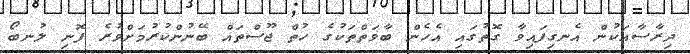
ދިރާސާއަކުން އެނގިފައިވާ ގޮތުގައި އެހެން ބާވަތްތަކުގެ ހުތް ޖޫސްތައް ބޭނުންކުރުމަށްވުރެ ފޮނި ލުނބޯ